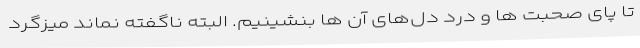
تا پای صحبت ها و درد دل‌های آن ها بنشینیم. البته ناگفته نماند میزگرد